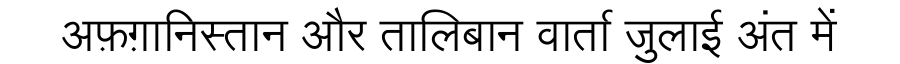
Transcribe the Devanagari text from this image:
अफ़ग़ानिस्तान और तालिबान वार्ता जुलाई अंत में